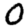
Digit: 0